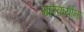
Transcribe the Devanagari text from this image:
मारेकर्यांना